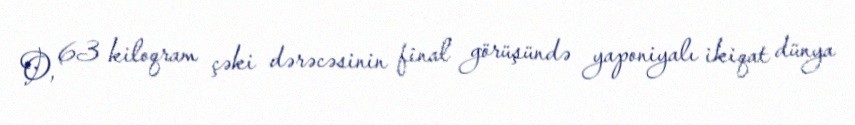
O, 63 kiloqram çəki dərəcəsinin final görüşündə yaponiyalı ikiqat dünya